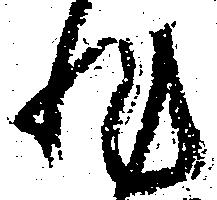
非